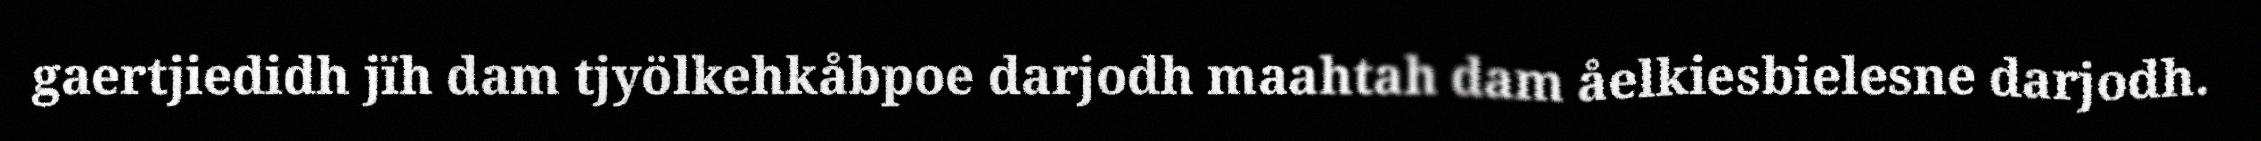
gaertjiedidh jïh dam tjyölkehkåbpoe darjodh maahtah dam åelkiesbielesne darjodh.